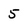
Character: 5